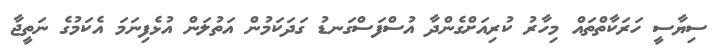
ސިޔާސީ ހަރަކާތްތައް މިހާރު ކުރިއަށްގެންދާ އުސްފަސްގަނޑު ގަދަކަމުން އަތުލަން އުޅެފިނަމަ އެކަމުގެ ނަތީޖާ